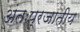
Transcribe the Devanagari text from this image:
अंतःप्रजातीय